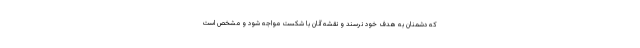
که دشمنان به هدف خود نرسند و نقشه آنان با شکست مواجه شود و مشخص است